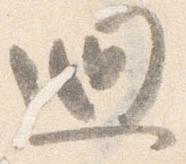
廻